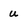
Character: u